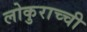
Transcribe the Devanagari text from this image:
लोकुराच्ची